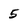
Character: 5